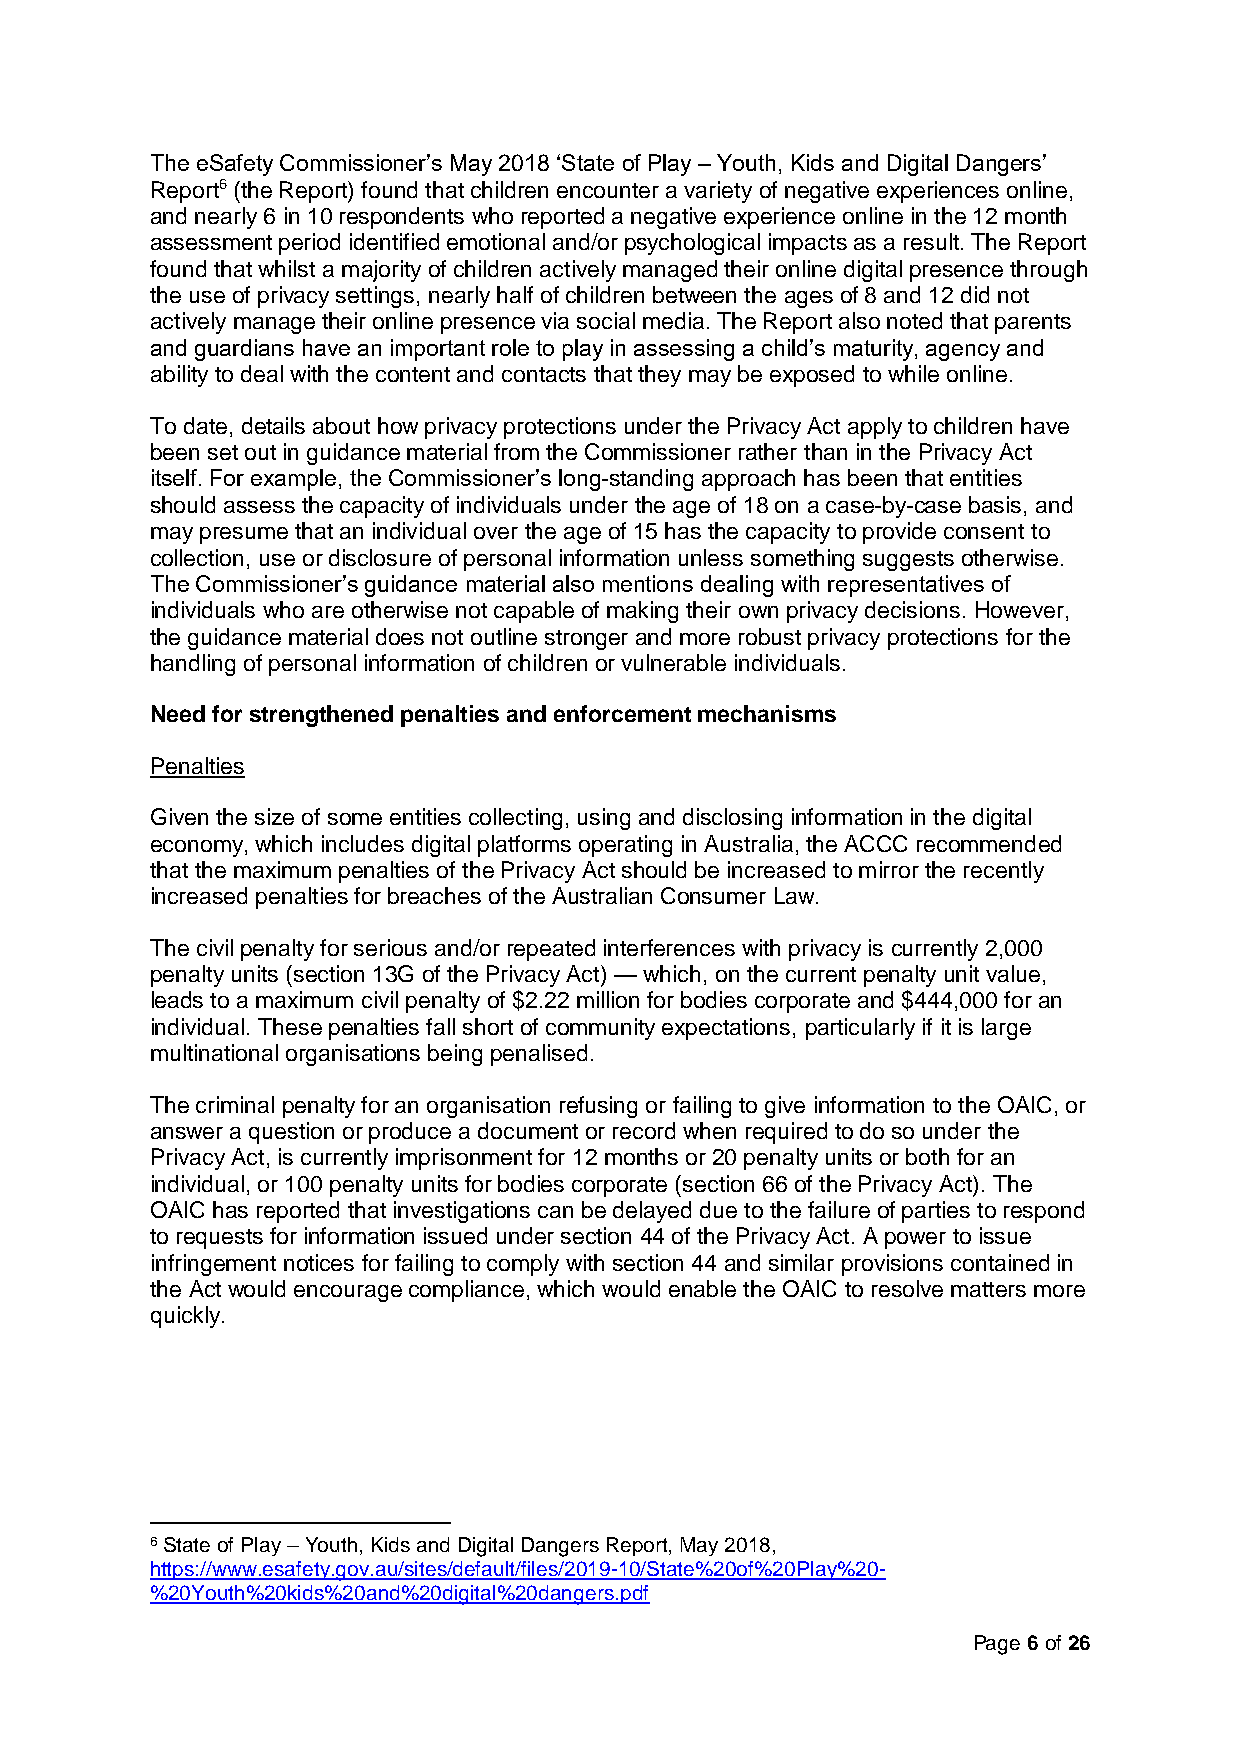
The eSafety Commissioner’s May 2018 ‘State of Play – Youth, Kids and Digital Dangers’
 Report6 (the Report) found that children encounter a variety of negative experiences online,
 and nearly 6 in 10 respondents who reported a negative experience online in the 12 month
 assessment period identified emotional and/or psychological impacts as a result. The Report
 found that whilst a majority of children actively managed their online digital presence through
 the use of privacy settings, nearly half of children between the ages of 8 and 12 did not
 actively manage their online presence via social media. The Report also noted that parents
 and guardians have an important role to play in assessing a child’s maturity, agency and
 ability to deal with the content and contacts that they may be exposed to while online.
 To date, details about how privacy protections under the Privacy Act apply to children have
 been set out in guidance material from the Commissioner rather than in the Privacy Act
 itself. For example, the Commissioner’s long-standing approach has been that entities
 should assess the capacity of individuals under the age of 18 on a case-by-case basis, and
 may presume that an individual over the age of 15 has the capacity to provide consent to
 collection, use or disclosure of personal information unless something suggests otherwise.
 The Commissioner’s guidance material also mentions dealing with representatives of
 individuals who are otherwise not capable of making their own privacy decisions. However,
 the guidance material does not outline stronger and more robust privacy protections for the
 handling of personal information of children or vulnerable individuals.
 Need for strengthened penalties and enforcement mechanisms
 Penalties
 Given the size of some entities collecting, using and disclosing information in the digital
 economy, which includes digital platforms operating in Australia, the ACCC recommended
 that the maximum penalties of the Privacy Act should be increased to mirror the recently
 increased penalties for breaches of the Australian Consumer Law.
 The civil penalty for serious and/or repeated interferences with privacy is currently 2,000
 penalty units (section 13G of the Privacy Act) — which, on the current penalty unit value,
 leads to a maximum civil penalty of $2.22 million for bodies corporate and $444,000 for an
 individual. These penalties fall short of community expectations, particularly if it is large
 multinational organisations being penalised.
 The criminal penalty for an organisation refusing or failing to give information to the OAIC, or
 answer a question or produce a document or record when required to do so under the
 Privacy Act, is currently imprisonment for 12 months or 20 penalty units or both for an
 individual, or 100 penalty units for bodies corporate (section 66 of the Privacy Act). The
 OAIC has reported that investigations can be delayed due to the failure of parties to respond
 to requests for information issued under section 44 of the Privacy Act. A power to issue
 infringement notices for failing to comply with section 44 and similar provisions contained in
 the Act would encourage compliance, which would enable the OAIC to resolve matters more
 quickly.
 6 State of Play – Youth, Kids and Digital Dangers Report, May 2018,
 https://www.esafety.gov.au/sites/default/files/2019-10/State%20of%20Play%20-
 %20Youth%20kids%20and%20digital%20dangers.pdf
 Page 6 of 26